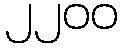
၂၂၀၀